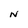
Character: N